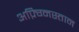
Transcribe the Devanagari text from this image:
अफ़्ग्निस्तान